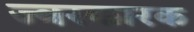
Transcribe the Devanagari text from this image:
ज्‍वरकारक